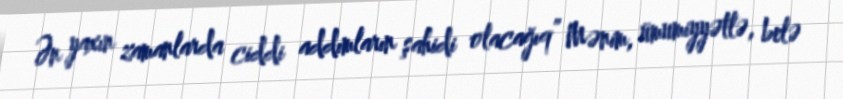
Ən yaxın zamanlarda ciddi addımların şahidi olacağıq” Mənim, ümumiyyətlə, belə